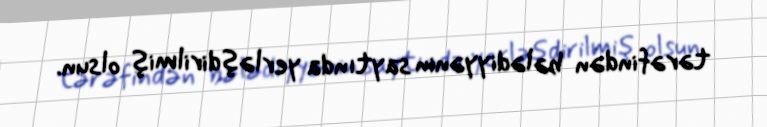
tərəfindən bələdiyyənin saytında yerləşdirilmiş olsun.